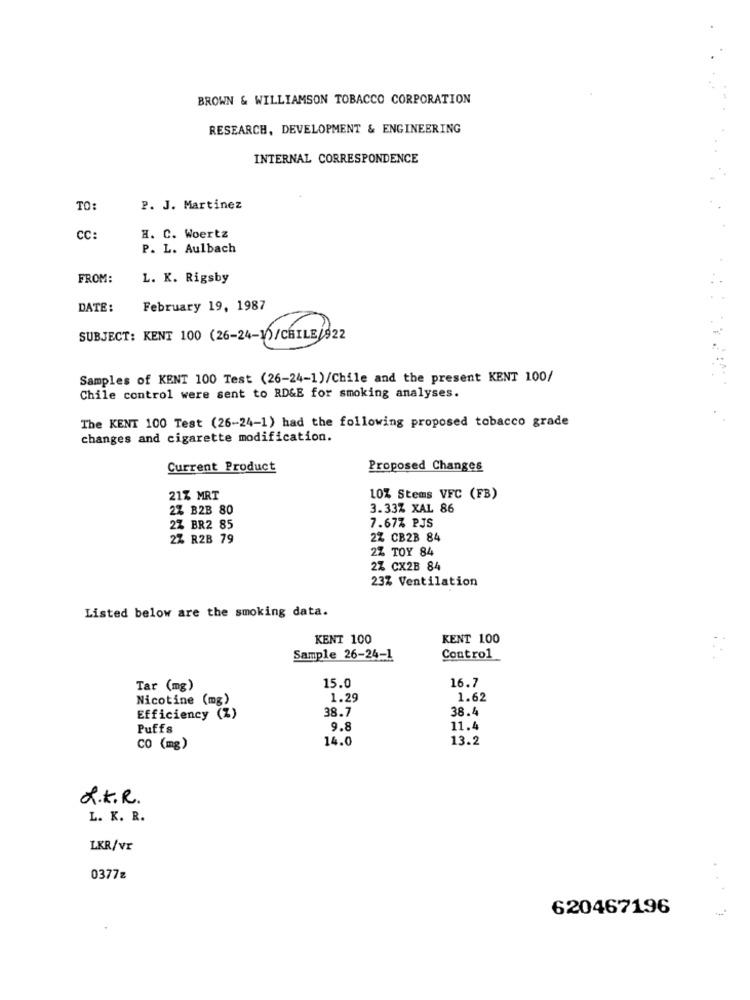
BROWN & WILLIAMSON TOBACCO CORPORATION
RESEARCH, DEVELOPMENT & ENGINEERING
INTERNAL CORRESPONDENCE
TO:
P. J. Martinez
CC:
H. C. Woertz
P. L. Aulbach
FROM:
L. K. Rigsby
DATE:
February 19, 1987
SUBJECT: KENT 100 (26-24-1)/CHILE/922
Samples of KENT 100 Test (26-24-1)/Chile and the present KENT 100/
Chile control were sent to RD&E for smoking analyses.
The KENT 100 Test (26-24-1) had the following proposed tobacco grade
changes and cigarette modification.
Current Product
Proposed Changes
21% MRT
10% Stems VFC (FB)
27 B2B 80
3.33% XAL 86
7.67% PJS
27 BR2 85
2% R2B 79
2% CB2B 84
2% TOY 84
2% CX2B 84
23% Ventilation
Listed below are the smoking data.
KENT 100
KENT 100
Sample 26-24-1
Control
16.7
Tar (mg)
15.0
Nicotine (mg)
1.29
1.62
38.7
38.4
Efficiency (Z)
Puffs
9.8
11.4
14.0
13.2
CO (mg)
L.K.R.
L. K. R.
LKR/vr
.
0377z
620467196